Report of the Bombay Veterinary College
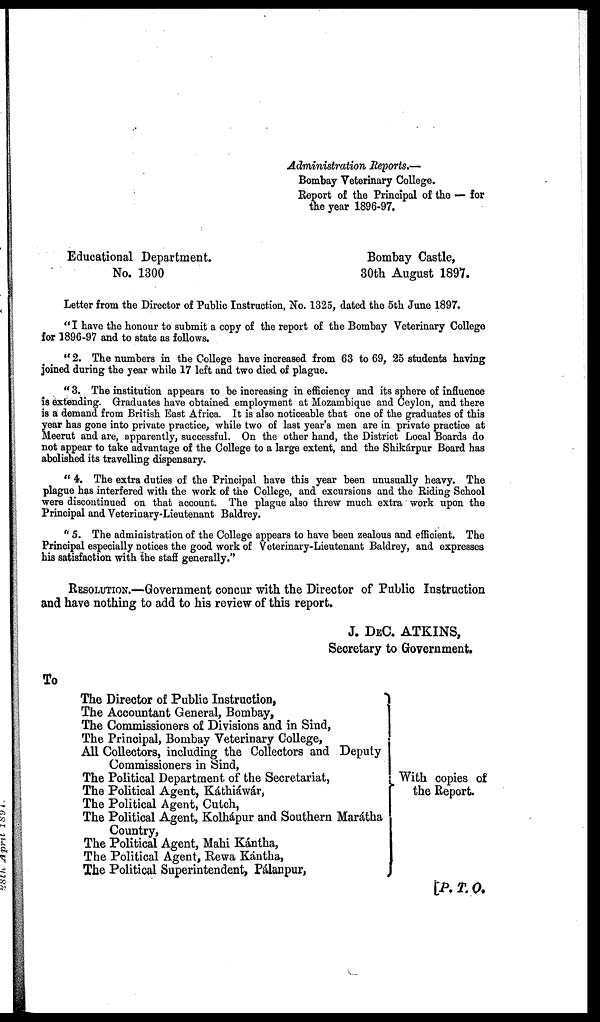
Administration Reports.—
Bombay Veterinary College.
Report of the Principal of the — for
the year 1896-97.
Educational Department.
Bombay Castle,
No. 1300
30th August 1897.
Letter from the Director of Public Instruction, No. 1325, dated the 5th June 1897.
"I have the honour to submit a copy of the report of the Bombay Veterinary College
for 1896-97 and to state as follows.
"2. The numbers in the College have increased from 63 to 69, 25 students having
joined during the year while 17 left and two died of plague.
"3. The institution appears to be increasing in efficiency and its sphere of influence
is extending. Graduates have obtained employment at Mozambique and Ceylon, and there
is a demand from British East Africa. It is also noticeable that one of the graduates of this
year has gone into private practice, while two of last year's men are in private practice at
Meerut and are, apparently, successful. On the other hand, the District Local Boards do
not appear to take advantage of the College to a large extent, and the Shikárpur Board has
abolished its travelling dispensary.
"4.
The extra duties of the Principal have this year been unusually heavy. The
plague has interfered with the work of the College, and excursions and the Riding School
were discontinued on that account. The plague also threw much extra work upon the
Principal and Veterinary-Lieutenant Baldrey.
"5. The administration of the College appears to have been zealous and efficient. The
Principal especially notices the good work of Veterinary-Lieutenant Baldrey, and expresses
his satisfaction with the staff generally."
RESOLUTION.—Government concur with the Director of Public Instruction
and have nothing to add to his review of this report.
J. DEC. ATKINS,
Secretary to Government.
To
The Director of Public Instruction,
The Accountant General, Bombay,
The Commissioners of Divisions and in Sind,
The Principal, Bombay Veterinary College,
All Collectors, including the Collectors and Deputy
Commissioners in Sind,
The Political Department of the Secretariat,
The Political Agent, Káthiáwár,
The Political Agent, Cutch,
The Political Agent, Kolhápur and Southern Marátha
Country,
The Political Agent, Mahi Kántha,
The Political Agent, Rewa Kántha,
The Political Superintendent, Pálanpur,
With copies of
the Report.
[P.T.O.